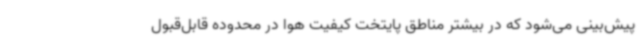
پیش‌بینی می‌شود که در بیشتر مناطق پایتخت کیفیت هوا در محدوده قابل‌قبول